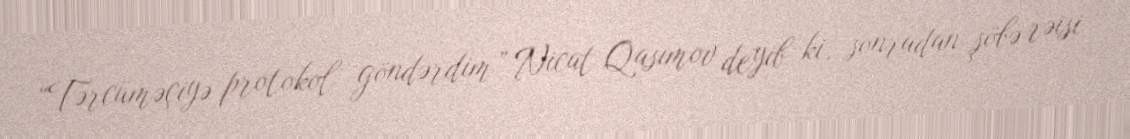
“Tərcüməçiyə protokol göndərdim” Nicat Qasımov deyib ki, sonradan şöbə rəisi